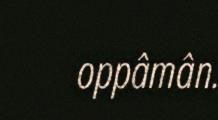
oppâmân.